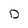
Character: D